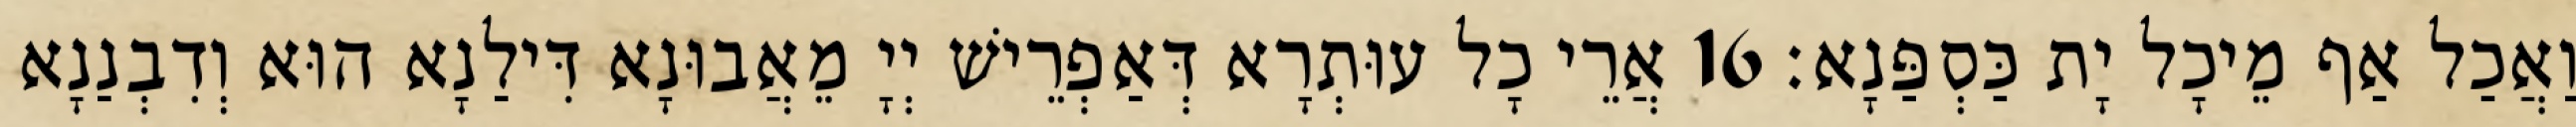
וַאֲכַל אַף מֵיכָל יָת כַּסְפַּנָא׃ 16 אֲרֵי כָל עוּתְרָא דְּאַפְרֵישׁ יְיָ מֵאֲבוּנָא דִּילַנָא הוּא וְדִבְנַנָא